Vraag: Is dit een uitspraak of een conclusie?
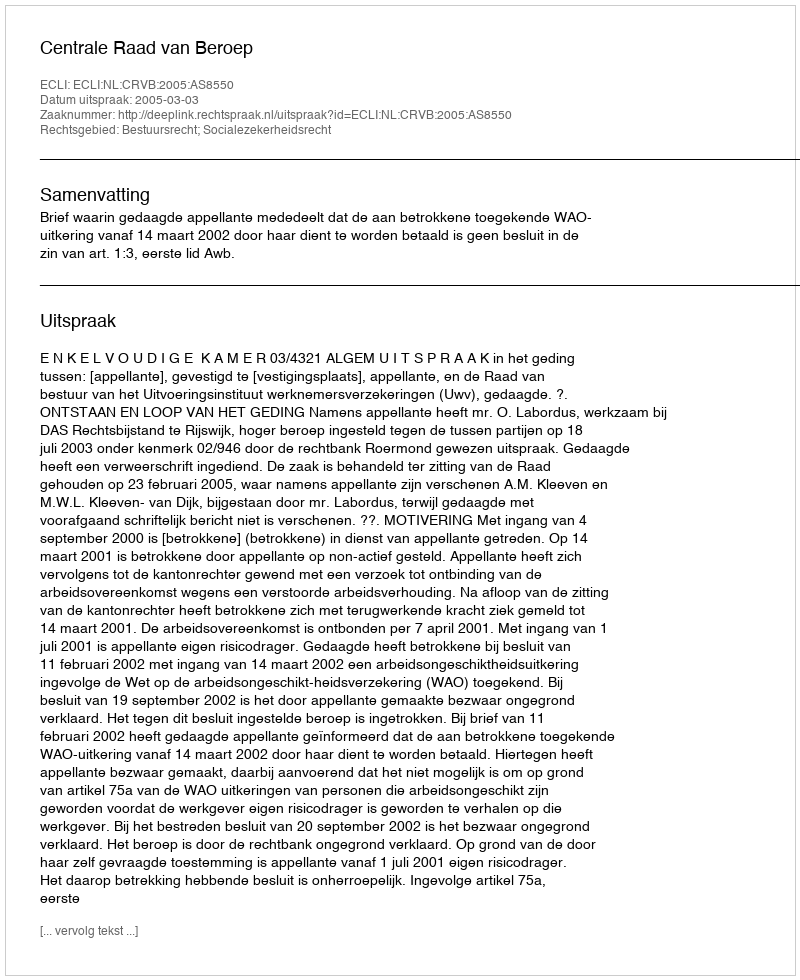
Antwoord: Uitspraak